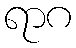
ရာဂ